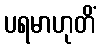
ပရမာဟုတိံ